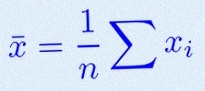
\bar{x}=\frac1n\sum x_i